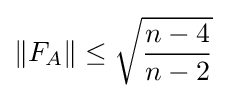
\|F_{A}\|\leq {\sqrt {\frac {n-4}{n-2}}}